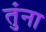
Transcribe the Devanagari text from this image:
तुंना